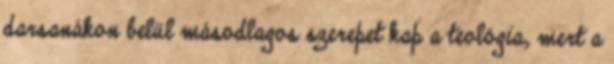
darsanákon belül másodlagos szerepet kap a teológia, mert a